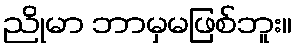
ညိုမာ ဘာမှမဖြစ်ဘူး။